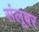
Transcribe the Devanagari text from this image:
संलूबर